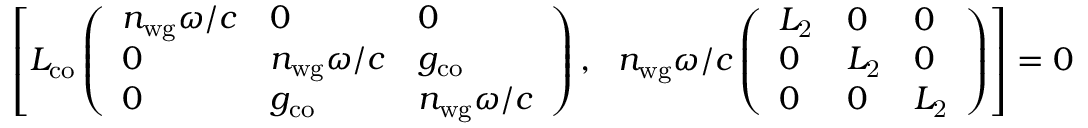
\left[ L _ { \mathrm { c o } } \left( \begin{array} { l l l } { n _ { \mathrm { w g } } \omega / c } & { 0 } & { 0 } \\ { 0 } & { n _ { \mathrm { w g } } \omega / c } & { g _ { \mathrm { c o } } } \\ { 0 } & { g _ { \mathrm { c o } } } & { n _ { \mathrm { w g } } \omega / c } \end{array} \right) , \ \ n _ { \mathrm { w g } } \omega / c \left( \begin{array} { l l l } { L _ { \mathrm { 2 } } } & { 0 } & { 0 } \\ { 0 } & { L _ { \mathrm { 2 } } } & { 0 } \\ { 0 } & { 0 } & { L _ { \mathrm { 2 } } } \end{array} \right) \right] = 0